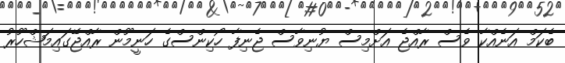
ބެކަމް އަނެއްކާ ވެސް ރާއްޖެ އަށްމިސް ޔުނިވާސް ޖެނިފާ ހޯކިންސްގެ ހަނީމޫން ރާއްޖޭގައިމަޝްހޫރު